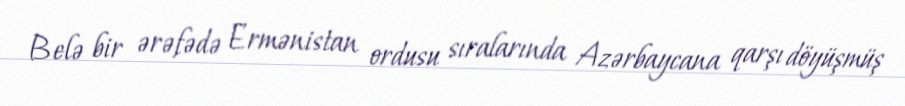
Belə bir ərəfədə Ermənistan ordusu sıralarında Azərbaycana qarşı döyüşmüş